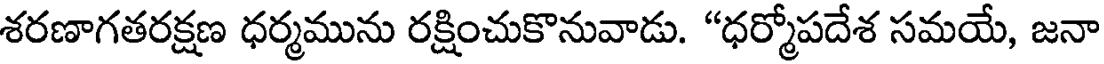
శరణాగతరక్షణ ధర్మమును రక్షించుకొనువాడు. "ధర్మోపదేశ సమయే, జనా